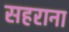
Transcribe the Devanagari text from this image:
सहराना